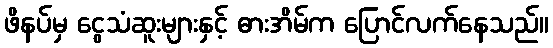
ဖိနပ်မှ ငွေသံဆူးများနှင့် ဓားအိမ်က ပြောင်လက်နေသည်။